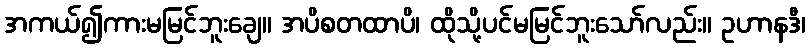
အကယ်၍ကားမမြင်ဘူးချေ။ အပိစတထာပိ၊ ထိုသို့ပင်မမြင်ဘူးသော်လည်း။ ဥဟာနဒီ၊